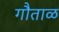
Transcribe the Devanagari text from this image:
गौताळ